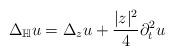
LaTeX: \begin{align*} \Delta_{\mathbb{H}}u = \Delta_z u + \frac{|z|^2}{4} \partial_{t}^2 u \end{align*}